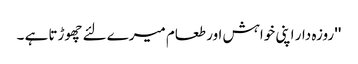
'' روزہ دار اپنی خواہش اور طعام میرے لئے چھوڑتا ہے ۔